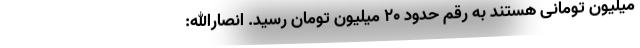
میلیون تومانی هستند به رقم حدود ۲۰ میلیون تومان رسید. انصارالله: